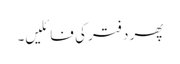
پھر دفتر کی فائلیں۔